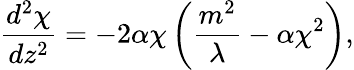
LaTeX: \frac{d^{2}\chi}{dz^{2}}=-2\alpha\chi\left(\frac{m^{2}}{\lambda}-\alpha\chi^{2}\right),